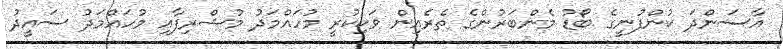
އާސަންދަ ކުންފުނީގެ ބޯޑު މެންބަރުންގެ ތެރެއިން ވަކިކުރީ މުހައްމަދު މުޝްރިފާއި މުހައްމަދު ސައީދު